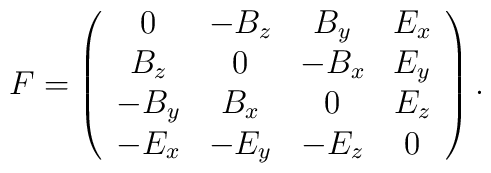
F =\left(\begin{array}{cccc}0  & -B_{z} & B_{y}  & E_{x} \\B_{z}  & 0 & -B_{x} &  E_{y} \\-B_{y} & B_{x} & 0  &  E_{z}  \\-E_{x} & -E_{y}  & -E_{z} &   0\end{array}\right ) .